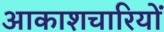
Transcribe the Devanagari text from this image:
आकाशचारियों